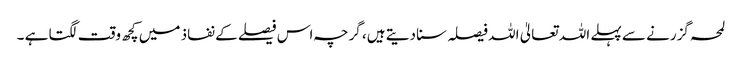
لمحہ گزرنے سے پہلے اللہ تعالیٰ اللہ فیصلہ سنا دیتے ہیں، گرچہ اس فیصلے کے نفاذ میں کچھ وقت لگتا ہے ۔